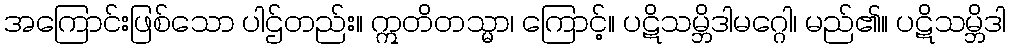
အကြောင်းဖြစ်သော ပါဌ်တည်း။ ဣတိတသ္မာ၊ ကြောင့်။ ပဋိသမ္ဘိဒါမဂ္ဂေါ၊ မည်၏။ ပဋိသမ္ဘိဒါ